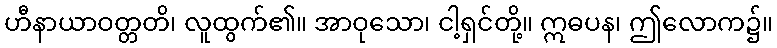
ဟီနာယာဝတ္တတိ၊ လူထွက်၏။ အာဝုသော၊ ငါ့ရှင်တို့။ ဣဓပန၊ ဤလောက၌။